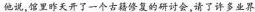
他说，馆里昨天开了一个古籍修复的研讨会，请了许多业界